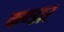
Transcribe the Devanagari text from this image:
कण्डार